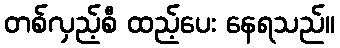
တစ်လှည့်စီ ထည့်ပေး နေရသည်။